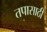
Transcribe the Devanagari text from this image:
तपासाठी